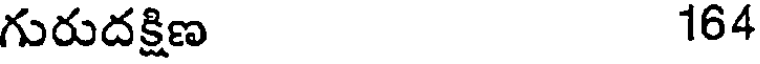
గురుదక్షిణ 164